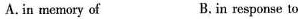
A.in memory of B.in response to